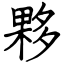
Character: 夥